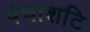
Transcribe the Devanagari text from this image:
पंचाशटि